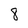
Character: 8